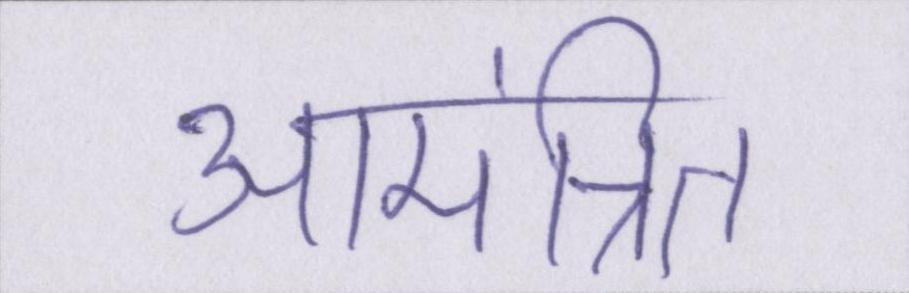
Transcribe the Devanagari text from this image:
आमंत्रित